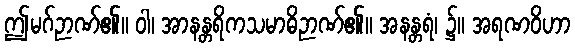
ဤမဂ်ဉာဏ်၏။ ဝါ၊ အာနန္တရိကသမာဓိဉာဏ်၏။ အနန္တရံ၊ ၌။ အရဏဝိဟာ